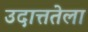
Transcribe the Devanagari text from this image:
उदात्ततेला